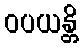
ဝပယန္တိ